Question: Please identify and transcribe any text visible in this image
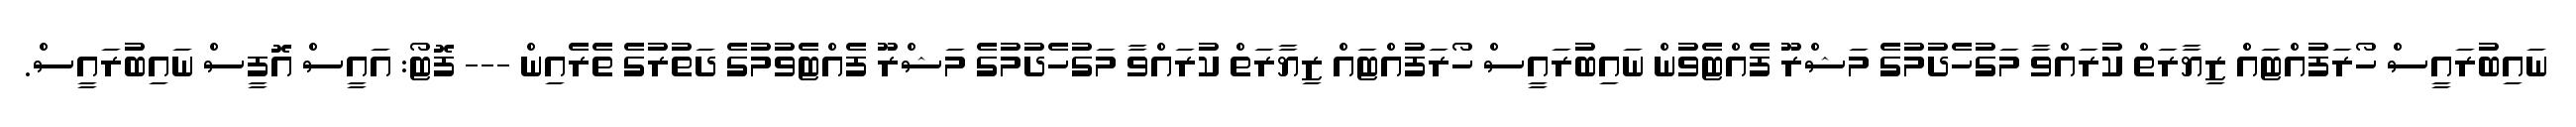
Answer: ނައިބުރައީސް ހޯރަފުއްޓައް ޒިޔާރަތް ކުރައްވާ މަގުހެދުމުގެ މަޝްރޫ ފެއްޓެވުން ނައިބުރައީސް ހޯރަފުއްޓައް ޒިޔާރަތް ކުރައްވާ މަގުހެދުމުގެ މަޝްރޫ ފެއްޓެވުމުގެ ދަތުރުގެ ތެރެއިން --- ފޮޓޯ: އައީސް އޮފީސް ނައިބުރައީސް.